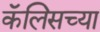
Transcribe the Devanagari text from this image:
कॅलिसच्या